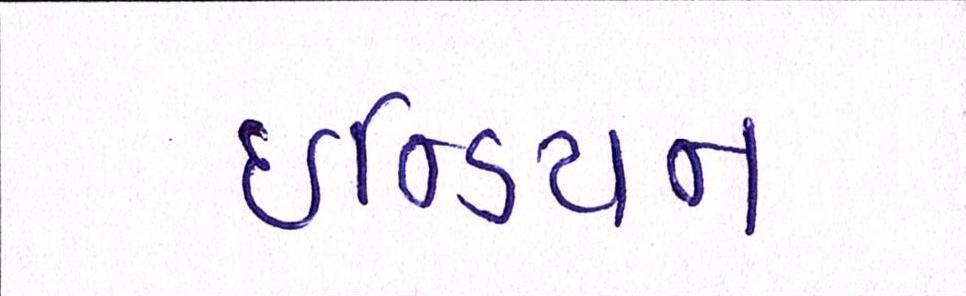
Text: ઇન્ડિયન